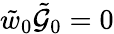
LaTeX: \tilde{w}_{0}\tilde{\mathcal{G}}_{0}=0